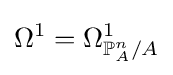
\Omega ^{1}=\Omega _{\mathbb {P} _{A}^{n}/A}^{1}